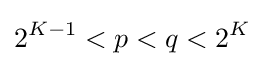
2^{K-1}<p<q<2^{K}